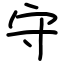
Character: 守